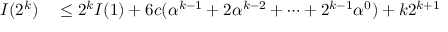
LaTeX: \begin{array} { r l } { I ( 2 ^ { k } ) } & { { } \leq 2 ^ { k } I ( 1 ) + 6 c ( \alpha ^ { k - 1 } + 2 \alpha ^ { k - 2 } + \cdots + 2 ^ { k - 1 } \alpha ^ { 0 } ) + k 2 ^ { k + 1 } } \end{array}